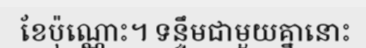
ខែប៉ុណ្ណោះ។ ទន្ទឹមជាមួយគ្នានោះ